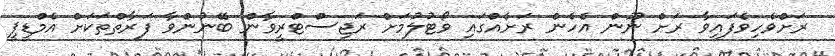
ރަށްވެހިވެފައިވާ ރަށް ނޫން އެހެން ރަށެއްގައި ވޯޓުލުމަށް ރަޖިސްޓްރީވާން ބޭނުންވާ ފަރާތްތަކަށް އެމްޑީޕީ